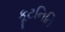
કૂટનિતિ